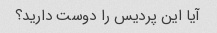
آیا این پردیس را دوست دارید؟